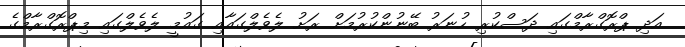
އަދި ޕްރޮގްރާމްގައި ދަސްކުރި ހުނަރު ބޭނުންކުރުމަށް ރަށު ލެވެލްގައާއި ގައުމީ ލެވެލްގައި މިޕްރޮގްރާމްގެ